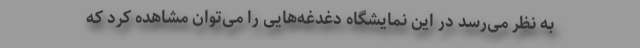
به نظر می‌رسد در این نمایشگاه دغدغه‌هایی را می‌توان مشاهده کرد که